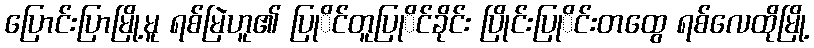
ပြောင်းပြာမြို့မူ ရစ်မြဲဟူ၏ ပြုိင်တူပြုိင်ခိုင်း ပြိုင်းပြုိင်းတထွေ ရစ်လေထိုမြို့